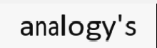
analogy's